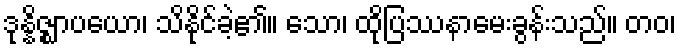
ဒုန္နိဇ္ဈာပယော၊ သိနိုင်ခဲ့၏။ သော၊ ထိုပြဿနာမေးခွန်းသည်။ တဝ၊